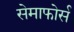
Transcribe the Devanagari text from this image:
सेमाफोर्स